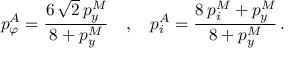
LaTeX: p _ { \varphi } ^ { A } = \frac { 6 \, \sqrt 2 \, p _ { y } ^ { M } } { 8 + p _ { y } ^ { M } } \quad , \quad p _ { i } ^ { A } = \frac { 8 \, p _ { i } ^ { M } + p _ { y } ^ { M } } { 8 + p _ { y } ^ { M } } \, .